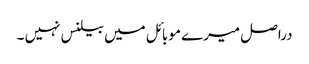
دراصل میرے موبائل میں بیلنس نہیں ۔